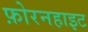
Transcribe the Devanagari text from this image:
फ़ोरनहाइट